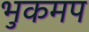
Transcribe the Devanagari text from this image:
भुकमप